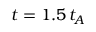
t = 1 . 5 \, t _ { A }